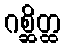
ဂစ္ဆိတ္ထ